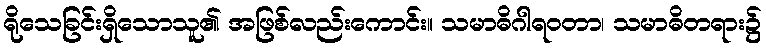
ရိုသေခြင်းရှိသောသူ၏ အဖြစ်လည်းကောင်း။ သမာဓိဂါရဝတာ၊ သမာဓိတရား၌